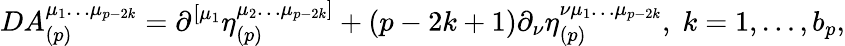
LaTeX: DA_{(p)}^{\mu_{1}\ldots\mu_{p-2k}}=\partial^{\left[\mu_{1}\right.}\eta_{(p)}^{\left.\mu_{2}\ldots\mu_{p-2k}\right]}+\left(p-2k+1\right)\partial_{\nu}\eta_{(p)}^{\nu\mu_{1}\ldots\mu_{p-2k}},\; k=1,\ldots,b_{p},